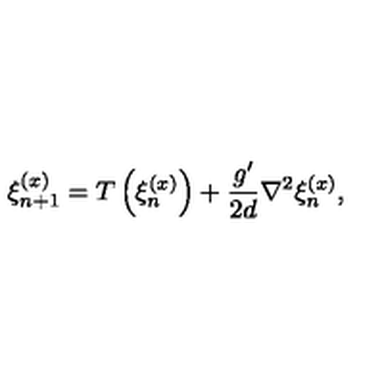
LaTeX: \xi _ { n + 1 } ^ { ( x ) } = T \left( \xi _ { n } ^ { ( x ) } \right) + \frac { g ^ { \prime } } { 2 d } \nabla ^ { 2 } \xi _ { n } ^ { ( x ) } ,